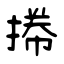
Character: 𢯭